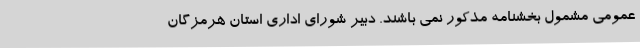
عمومی مشمول بخشنامه مذکور نمی باشند. دبیر شورای اداری استان هرمزگان